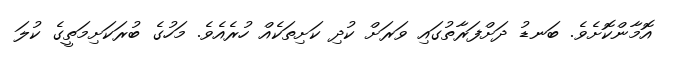
އޮމާންކޮށެވެ. ބަނޑު ދަށްފަރާތުގައި ވަރަށް ކުދި ކަށިތަކެއް ހުރެއެވެ. މަހުގެ ބުރަކަށިމަތީގެ ކުލަ